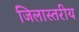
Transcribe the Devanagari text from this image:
जिलास्तरीय